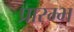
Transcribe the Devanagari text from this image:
प्रारम्भ